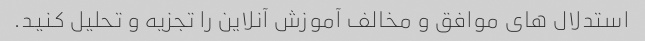
استدلال های موافق و مخالف آموزش آنلاین را تجزیه و تحلیل کنید.